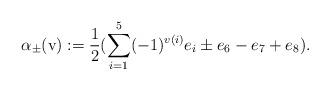
LaTeX: \begin{align*}\alpha_\pm(\mathrm{v}):=\frac{1}{2}(\displaystyle{\sum_{i=1}^5}(-1)^{v(i)}e_i\pm e_6-e_7+e_8).\end{align*}